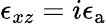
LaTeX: \epsilon_{xz}=i\epsilon_{\mathrm{a}}